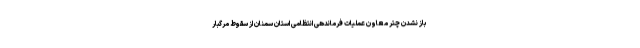
باز نشدن چتر معاون عملیات فرماندهی انتظامی استان سمنان از سقوط مرگبار